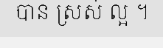
បាន ស្រស់ ល្អ ។